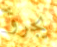
يجرؤ